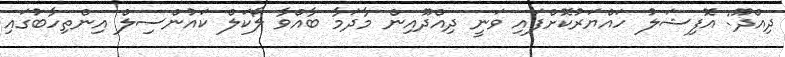
ދިއްދޫ: އޮފިޝަލު ހައްޔަރުކޮށްފައި ވަނީ ދިއްދޫއިން މާދަމާ ބާއްވާ ލޯކަލް ކައުންސިލް އިންތިހާބުގައި